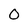
Character: o